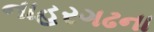
નાહરગઢના